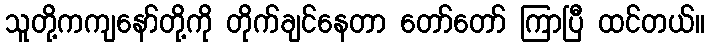
သူတို့ကကျနော်တို့ကို တိုက်ချင်နေတာ တော်တော် ကြာပြီ ထင်တယ်။